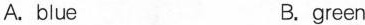
A.blue B.green